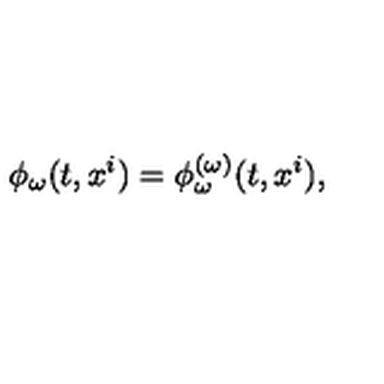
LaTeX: \phi _ { \omega } ( t , x ^ { i } ) = \phi _ { \omega } ^ { ( \omega ) } ( t , x ^ { i } ) ,